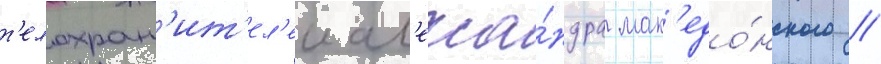
т'елохран'ит'ел'еи ал'екса́ндра мак'едо́нского //